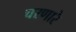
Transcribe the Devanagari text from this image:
चरणारे